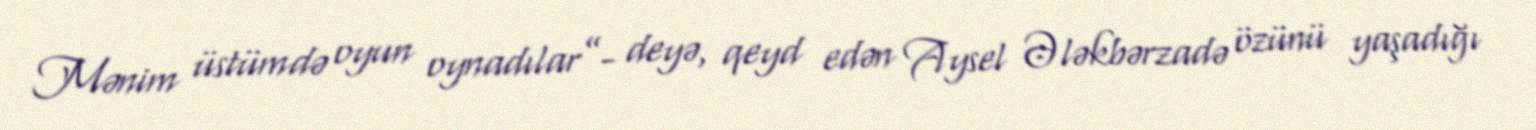
Mənim üstümdə oyun oynadılar”- deyə, qeyd edən Aysel Ələkbərzadə özünü yaşadığı